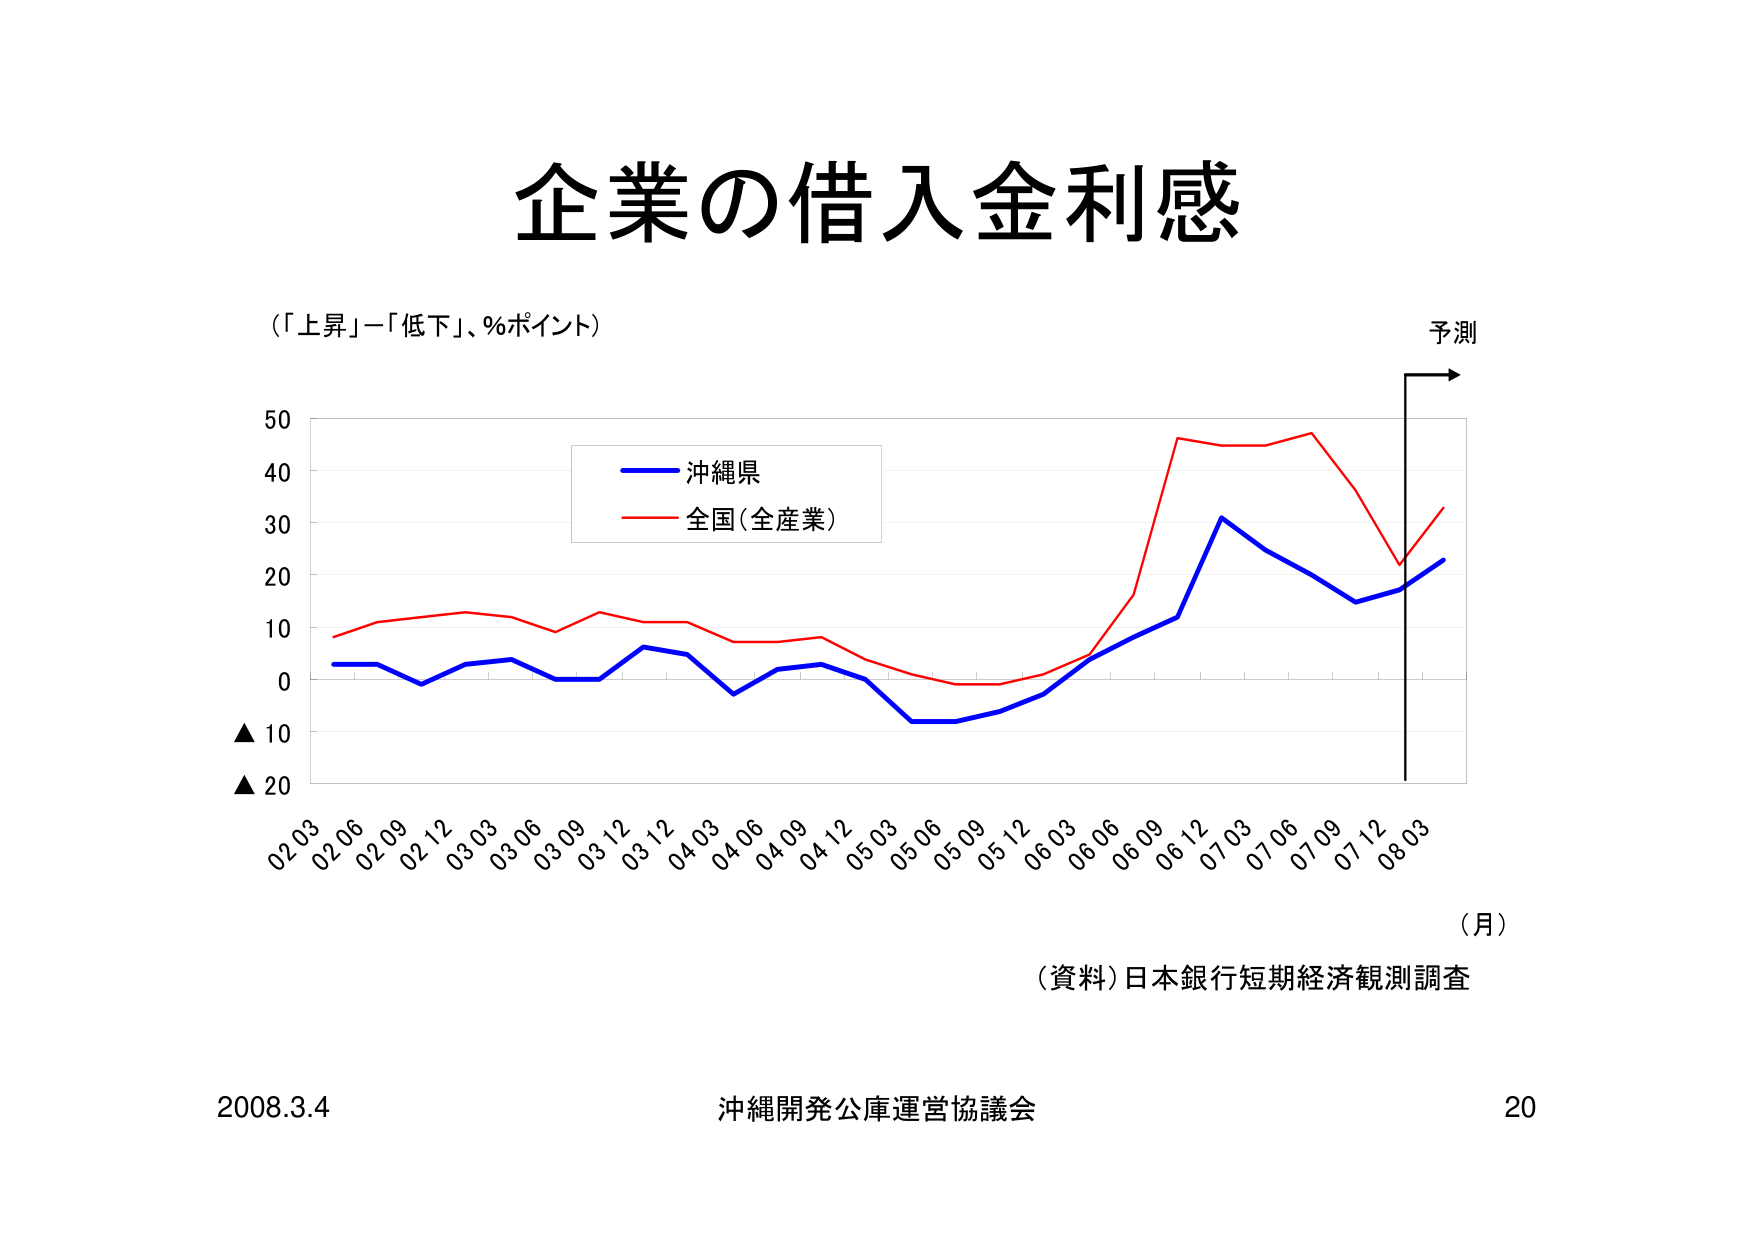
企業の借入金利感

（「上昇」－「低下」、％ポイント）

予測

50
40
30
20
10
0
▲10
▲20

02 03 02 06 02 09 02 12 03 03 03 06 03 09 03 12 03 12 04 03 04 06 04 09 04 12 05 03 05 06 05 09 05 12 06 03 06 06 06 09 06 12 07 03 07 06 07 09 07 12 08 03

（月）

沖縄県
全国（全産業）

（資料）日本銀行短期経済観測調査

2008.3.4 沖縄開発公庫運営協議会 20